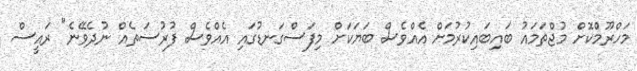
މަހްރޫމްކޮށް މުޖްތަމައު ބައިބައިކުރުމަށް އެއްވެސް ބަޔަކަށް މިފަސްގަނޑުގައި އެއްވެސް ފުރުސަތެއް ނުދެވޭނެ" ރައީސް